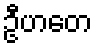
ဦဟတေ